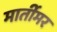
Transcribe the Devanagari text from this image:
मार्तीमर